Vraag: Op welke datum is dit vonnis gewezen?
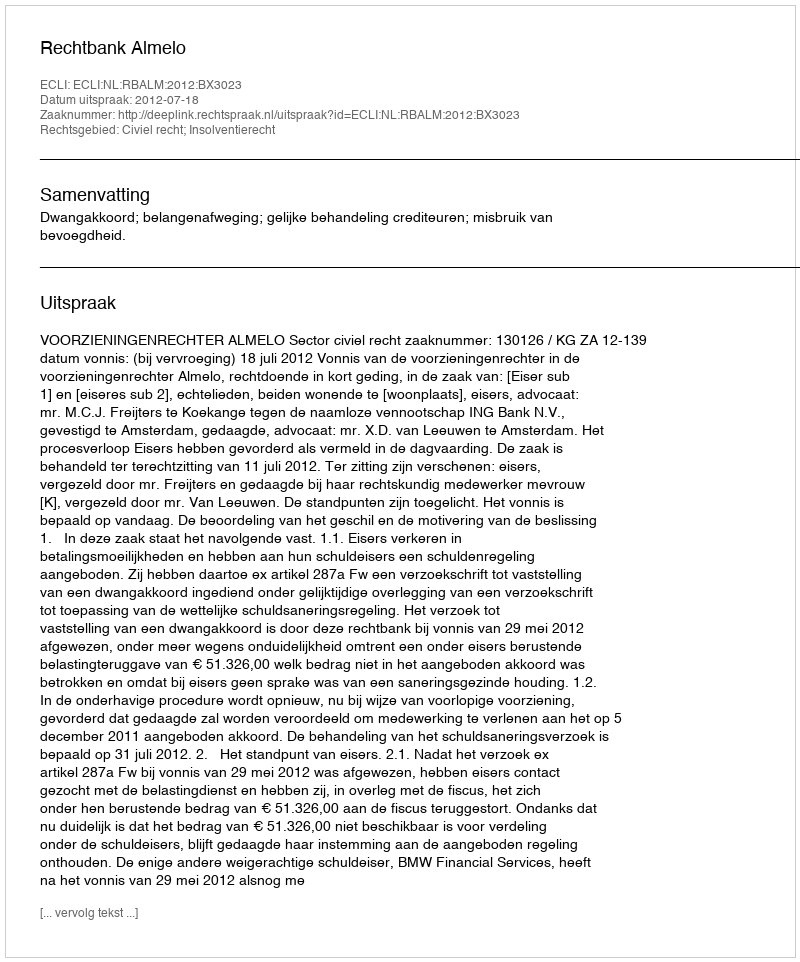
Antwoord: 2012-07-18